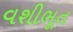
વશીભૂત